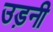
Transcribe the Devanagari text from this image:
उड़नी